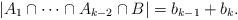
LaTeX: \begin{align*}|A_1\cap\cdots\cap A_{k-2}\cap B|=b_{k-1}+b_k.\end{align*}